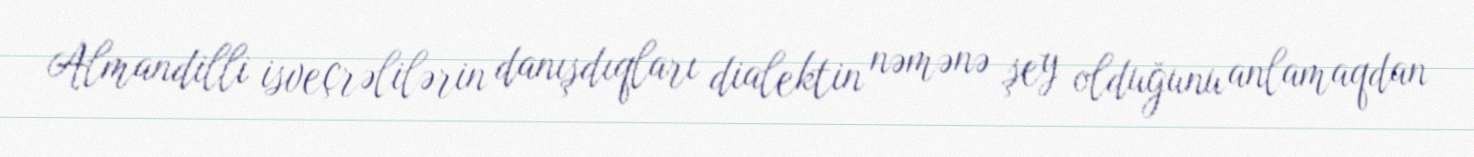
Almandilli isveçrəlilərin danışdıqları dialektin nəmənə şey olduğunu anlamaqdan